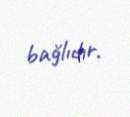
bağlıdır.